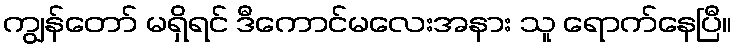
ကျွန်တော် မရှိရင် ဒီကောင်မလေးအနား သူ ရောက်နေပြီ။